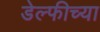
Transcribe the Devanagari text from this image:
डेल्फीच्या